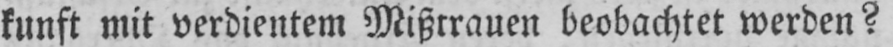
kunft mit verdientem Mißtrauen beobachtet werden?